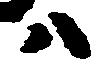
ハ